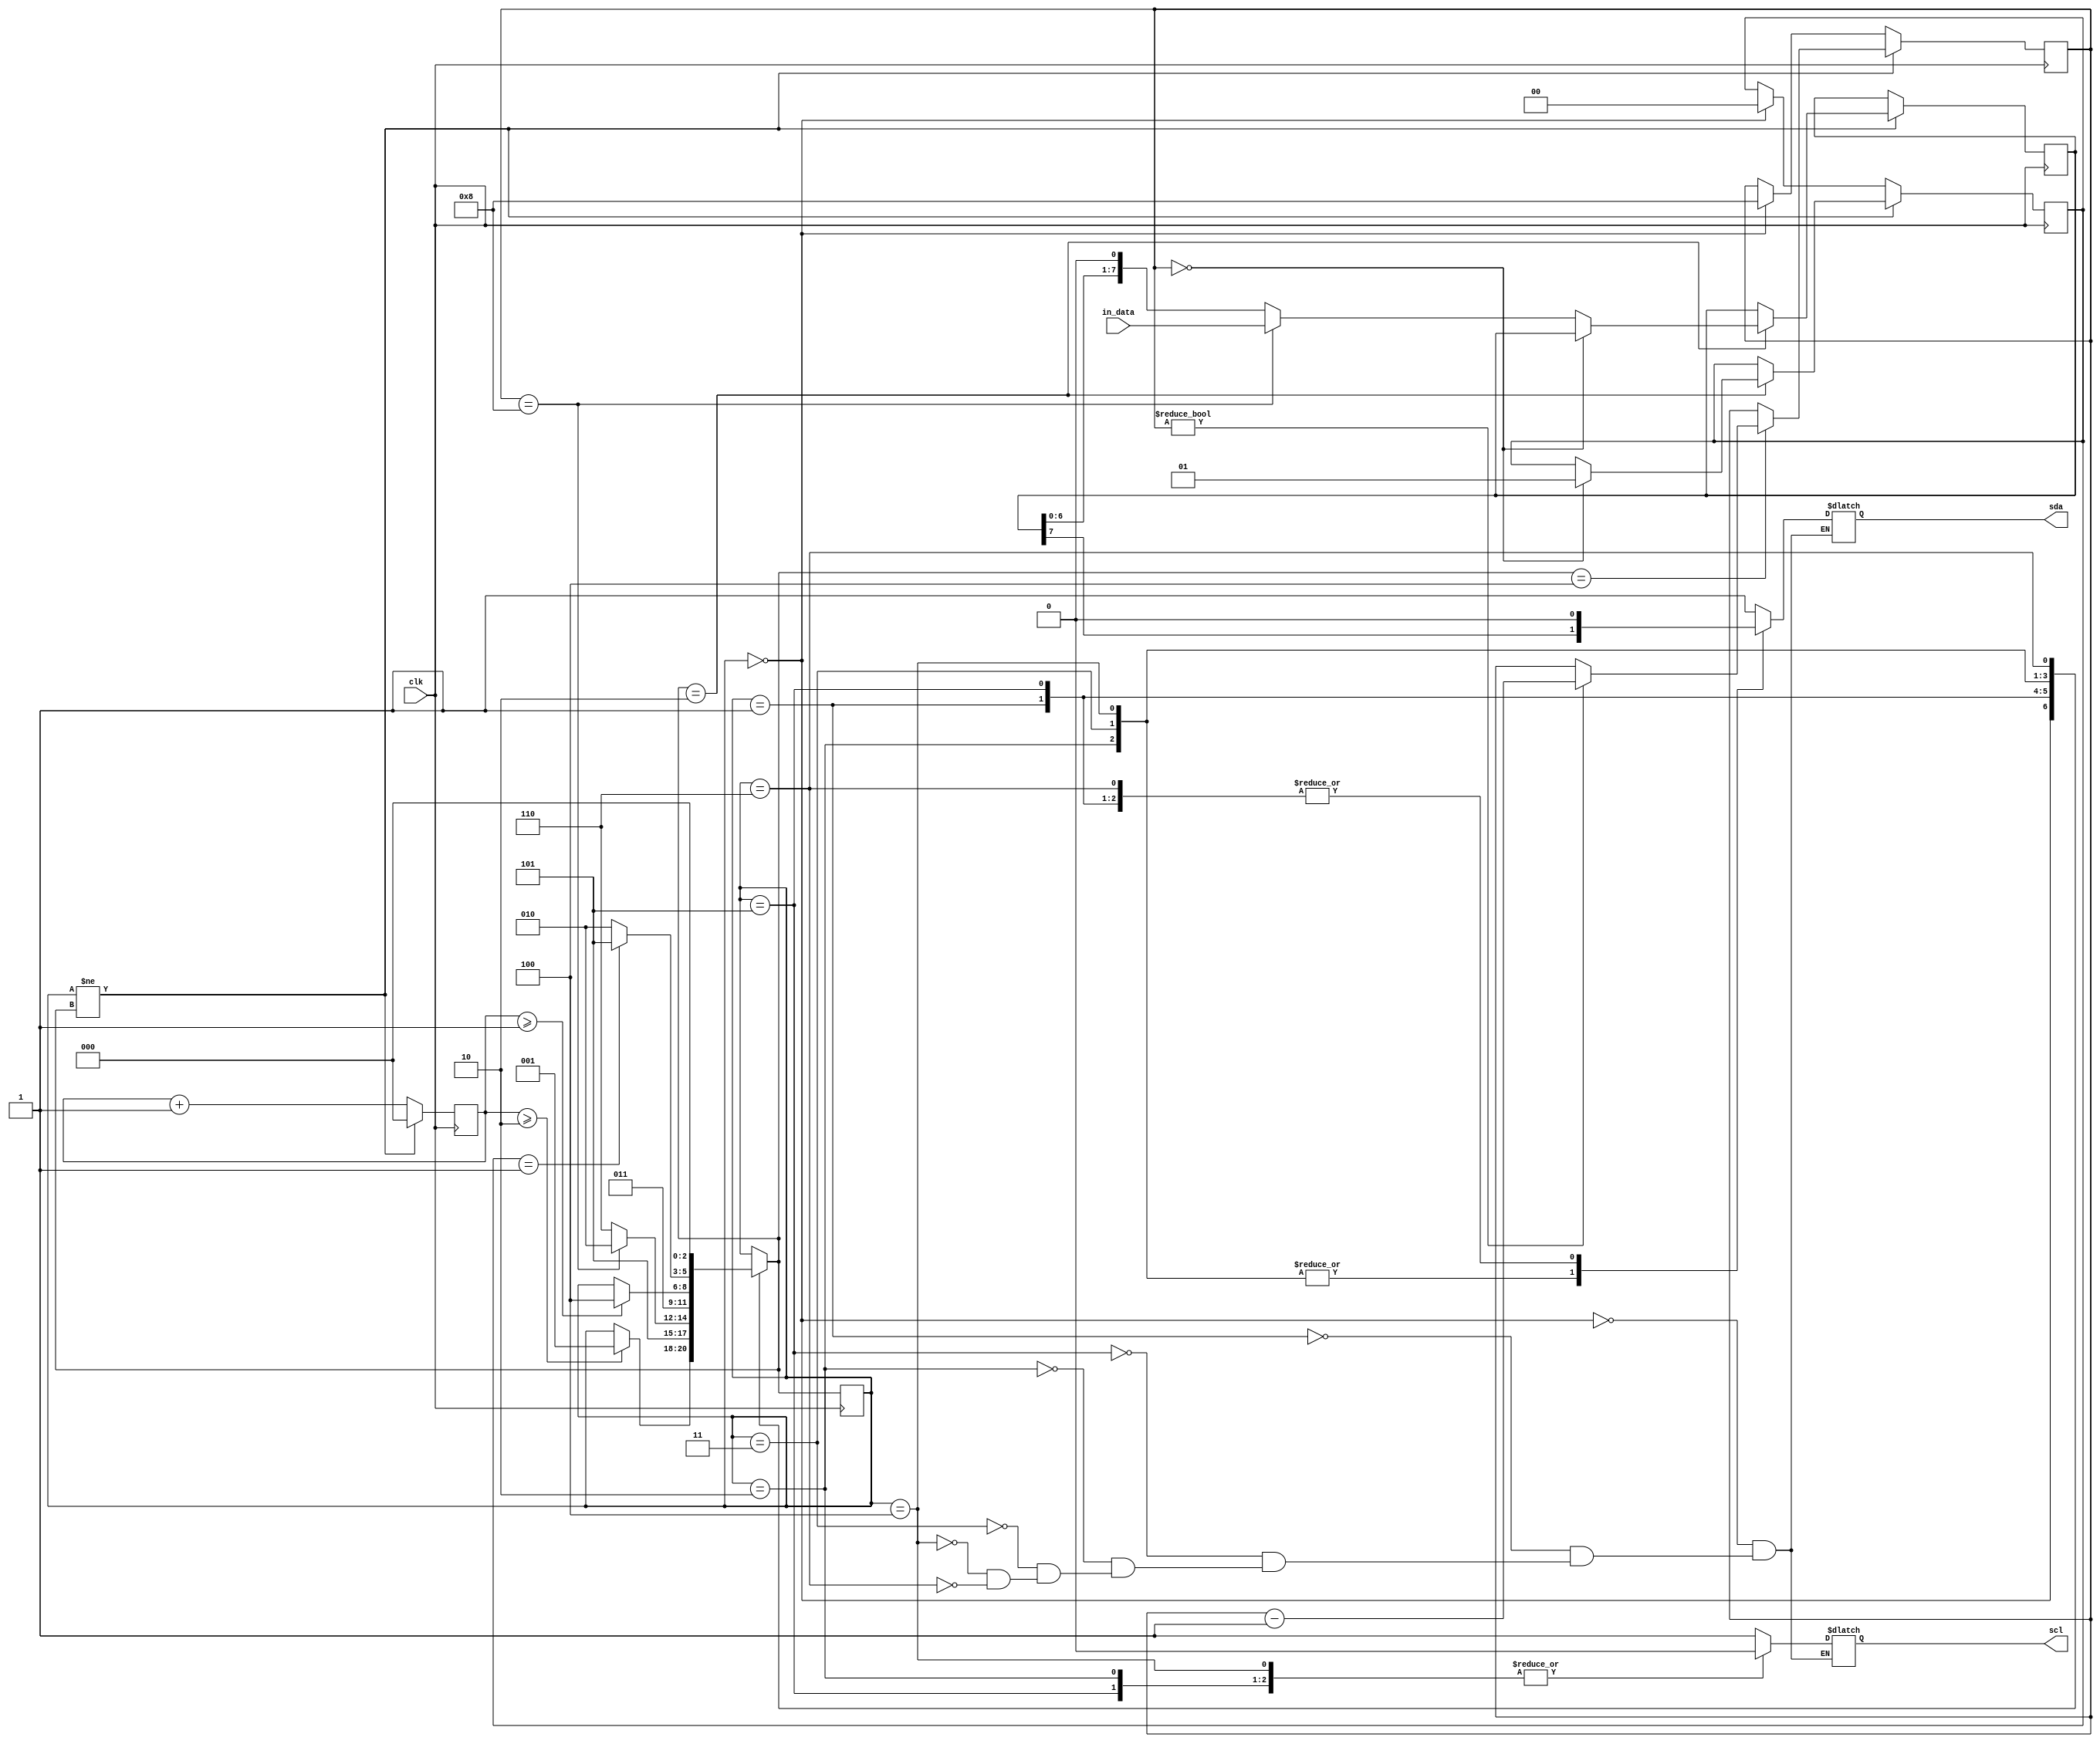
module I2C_MASTER
#( 
	parameter
	N = 8,
	DATA_WIDTH = $clog2(N)
)
(
	input wire clk, 
	input wire [N-1:0] in_data, 
	output reg scl, sda
);

localparam 	s_ready = 0, 
			s_start = 1,
			s_scl_low_front = 2,
			s_send = 3,
			s_scl_low_back  = 4,
			s_down = 5,
			s_scl_up = 6,
			s_stop = 7,

			STATES_AMOUNT = 8,
			TIME_WIDTH = 3,
			T_DEALY_ON_READY = 2,
			T_DEALY_ON_SEND = 1,
			MESSAGE_SIZE = N + 1;

				
reg[$clog2(STATES_AMOUNT)-1:0] state_reg, state_next;  
reg[TIME_WIDTH-1:0] time_count; 
reg[N-1:0] shift_data;
reg[DATA_WIDTH:0] bits_to_transfer;
reg[1:0] recive_acquire;

always @(posedge clk) 
begin 

	state_reg <= state_next;
	

	if (state_reg != state_next)
	begin
		
		time_count <= 0;
		
		case (state_next)
	
			s_scl_low_front : 
			begin
				if (bits_to_transfer == 0) 
					recive_acquire <= 1;
				else
				if (bits_to_transfer == N)
					shift_data <= in_data;
				else
					shift_data <= shift_data << 1;	
			end
		
			s_scl_low_back : 
			begin
				if ( bits_to_transfer != 0) 
					bits_to_transfer <= bits_to_transfer - 1;
			end
		
		endcase
	
	end
	else
	begin	
			time_count <= time_count + 1;
			if (state_reg == s_ready) 
			begin
				bits_to_transfer <= N;
				recive_acquire <= 0;
			end
	end
	
end 
        
always @* 
begin
	
	state_next = state_reg;	
	
	case (state_reg)
	
		s_ready : 
		begin
			sda = 1'b1;
			scl = 1'b1;
			if ( time_count >= T_DEALY_ON_READY ) 
			begin  
				state_next = s_start; 
			end
		end

		s_start : 
		begin
			sda = 1'b0;
			scl = 1'b1;			
			state_next = s_down; 
		end

		
		s_down :
		begin
			sda = 1'b0;
			scl = 1'b0;			
			if (bits_to_transfer == N)
				state_next = s_scl_low_front; 
			else
				state_next = s_scl_up; 
		end
		
		s_scl_low_front : 
		begin
			if (recive_acquire == 1)	
				sda =  1'bz; // ack bit recive
			else
				sda = shift_data[N-1];
			scl = 1'b0;
			state_next = s_send; 
		end

		s_send : 
		begin	
			if (recive_acquire == 1)	
				sda =  1'bz; // ack bit recive
			else
				sda = shift_data[N-1];
			scl = 1'b1;
			if ( time_count >= T_DEALY_ON_SEND ) 
			begin  
				state_next = s_scl_low_back; 
			end		
		end

		s_scl_low_back : 
		begin
			state_next = s_scl_low_front; 
			if (recive_acquire == 1)	
			begin
				sda =  1'bz; 
				state_next = s_down; 
			end
			else
				sda = shift_data[N-1];	
			scl = 1'b0;

		end
	
		s_scl_up : 
		begin
			sda = 1'b0;
			scl = 1'b1;
			state_next = s_ready; 
		end
		
	endcase
end 
    

endmodule